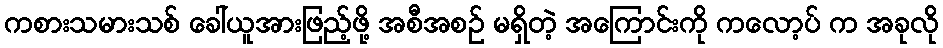
ကစားသမားသစ် ခေါ်ယူအားဖြည့်ဖို့ အစီအစဉ် မရှိတဲ့ အကြောင်းကို ကလော့ပ် က အခုလို